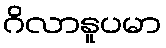
ဂိလာနူပမာ